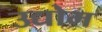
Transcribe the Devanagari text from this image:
उद्योम